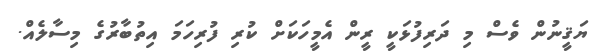
ޔަޤީނުން ވެސް މި ދަރިފުޅަކީ ރީން އެމީހަކަށް ކުރި ފުރިހަމަ އިތުބާރުގެ މިސާލެއް.